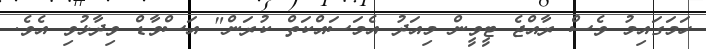
ހަމަގައިމު ވެސް ރާއްޖެ ޓީވީން މިއަދު އެމަސައްކަތް ކުރަން" އަސްވާޑް ވިދާޅުވި އެވެ.